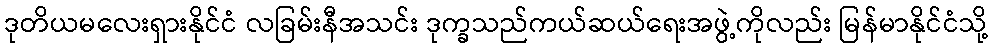
ဒုတိယမလေးရှားနိုင်ငံ လခြမ်းနီအသင်း ဒုက္ခသည်ကယ်ဆယ်ရေးအဖွဲ့ကိုလည်း မြန်မာနိုင်ငံသို့